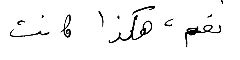
نعم، هكذا كانت